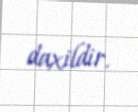
daxildir.